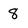
Character: 8